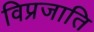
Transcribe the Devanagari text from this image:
विप्रजाति